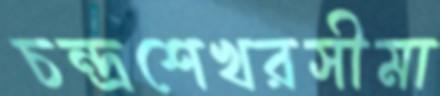
চন্দ্রশেখরসীমা